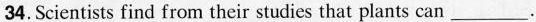
34. Scientists find from their studies that plants can ___.